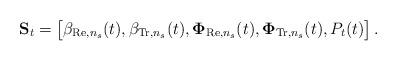
LaTeX: \begin{align*} \mathbf{S}_t = \begin{bmatrix} \beta_{\mathrm{Re},n_s}(t), \beta_{\mathrm{Tr},n_s}(t), \mathbf{\Phi}_{\mathrm{Re},n_s}(t), \mathbf{\Phi}_{\mathrm{Tr},n_s}(t), P_t(t) \end{bmatrix}.\end{align*}